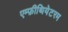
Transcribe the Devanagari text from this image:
एम्फ़ीथियेटरम